Report on the Civil Veterinary Department, Eastern Bengal and Assam - 1907-1911
Year: 1907
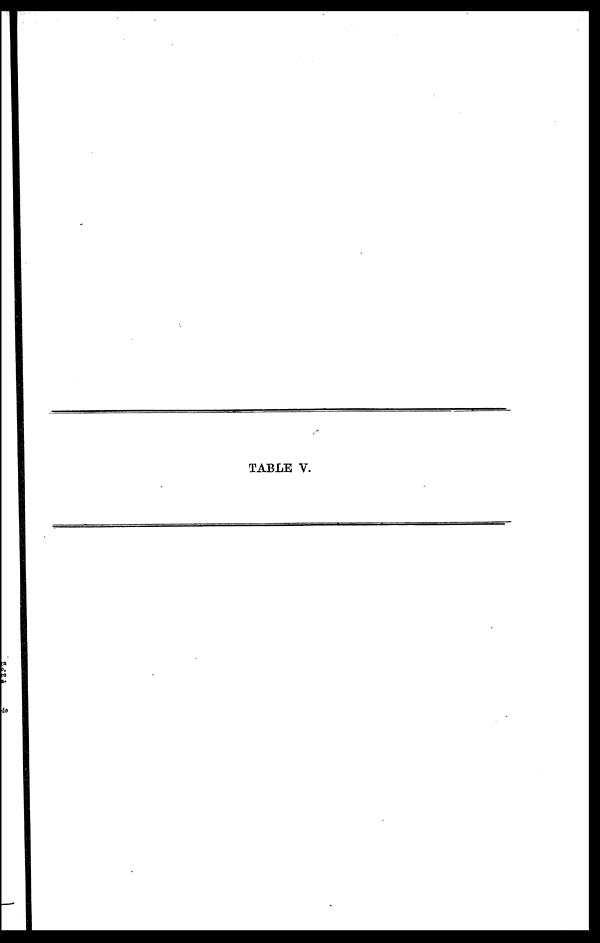
TABLE V.